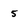
Character: 5